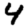
Digit: 4